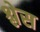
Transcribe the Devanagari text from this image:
श्लेस